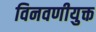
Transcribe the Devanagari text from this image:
विनवणीयुक्त